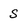
Character: S